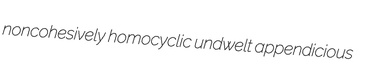
noncohesively homocyclic undwelt appendicious